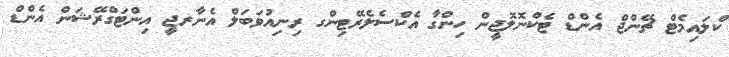
ކްލައިމެޓް ޗޭންޖް އެންޑް ޓެކްނޮލޮޖީން ހިންގާ އެކްސެލެރޭޓިންގ ރިނިއުވަބަލް އެނާރޖީ އިންޓަގްރޭޝަން އެންޑް